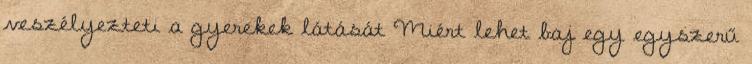
veszélyezteti a gyerekek látását Miért lehet baj egy egyszerű